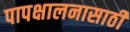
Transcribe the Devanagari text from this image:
पापक्षालनासाठी